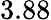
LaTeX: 3.88